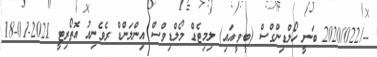
--/2020/022 ބަނީ ހޯލްޑިންގްސް (ބީ.ވީ.އައި) ލިމިޓެޑް މޯލްޑިވްސް އިންލަންޑް ރެވެނިއު އޮތޯރިޓީ 2021-01-18